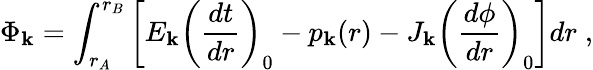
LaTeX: \Phi_{\mathbf{k}}=\int_{r_{A}}^{r_{B}}\left[E_{\mathbf{k}}\left(\frac{{dt}}{{dr}}\right)_{0}-p_{\mathbf{k}}(r)-J_{\mathbf{k}}\left(\frac{{d\phi}}{{dr}}\right)_{0}\right]dr\; ,